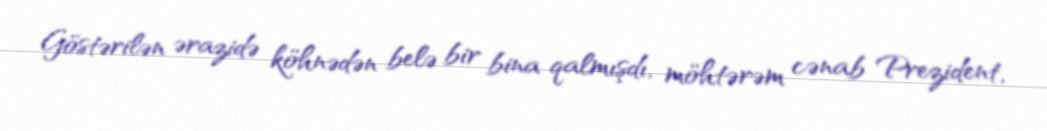
Göstərilən ərazidə köhnədən belə bir bina qalmışdı, möhtərəm cənab Prezident,